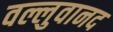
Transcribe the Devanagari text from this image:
वल्लुवानद